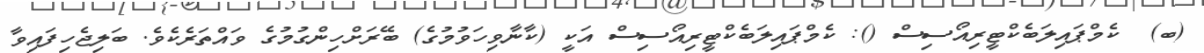
(ބ)  ކެމްޕައިލަބެކްޓީރިއޯސިސް (): ކެމްޕައިލަބެކްޓީރިއޯސިސް އަކީ (ކާނާވިހަވުމުގެ) ބޭރަށްހިންގުމުގެ ވައްތަރެކެވެ. ބަލިޖެހިފައިވާ